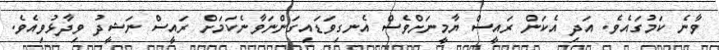
ވާނެ ކަމުގައެވެ. އަދި އެކަން ރައީސް ޔާމީނަށްވެސް އެނގިވަޑައިގަންނަވާނެކަމަށް ރައީސް ނަޝީދު ވިދާޅުވިއެވެ.